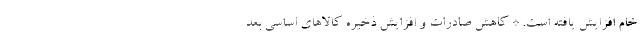
خام افزایش یافته است. * کاهش صادرات و افزایش ذخیره کالاهای اساسی بعد